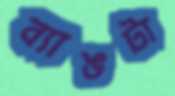
ব্যাঙটা